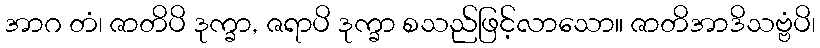
အာဂ တံ၊ ဇာတိပိ ဒုက္ခာ, ဇရာပိ ဒုက္ခာ စသည်ဖြင့်လာသော။ ဇာတိအာဒိသဗ္ဗံပိ၊